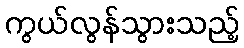
ကွယ်လွန်သွားသည့်